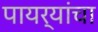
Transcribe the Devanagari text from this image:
पायर्यांचा